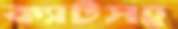
ক্যাটসহ